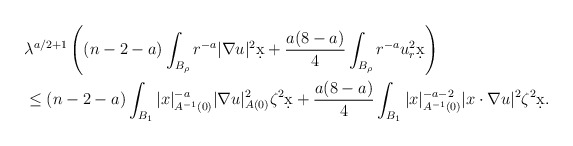
\begin{align*}&\lambda^{a/2 + 1}\left( (n-2-a)\int_{B_{\rho}} r^{-a} |\nabla u|^2 \d x + \frac{a(8-a)}{4} \int_{B_{\rho}} r^{-a} u_r^2 \d x\right)\\&\leq (n-2-a) \int_{B_1} |x|_{A^{-1}(0)}^{-a} |\nabla u|_{A(0)}^2 \zeta^2 \d x + \dfrac{a(8-a)}{4} \int_{B_1} |x|_{A^{-1}(0)}^{-a-2} |x \cdot \nabla u |^2 \zeta^2 \d x.\end{align*}